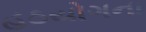
હઠયોગના